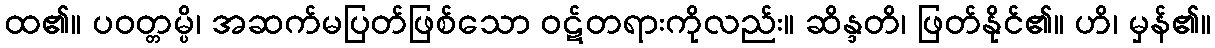
ထ၏။ ပဝတ္တမ္ပိ၊ အဆက်မပြတ်ဖြစ်သော ဝဋ်တရားကိုလည်း။ ဆိန္ဒတိ၊ ဖြတ်နိုင်၏။ ဟိ၊ မှန်၏။